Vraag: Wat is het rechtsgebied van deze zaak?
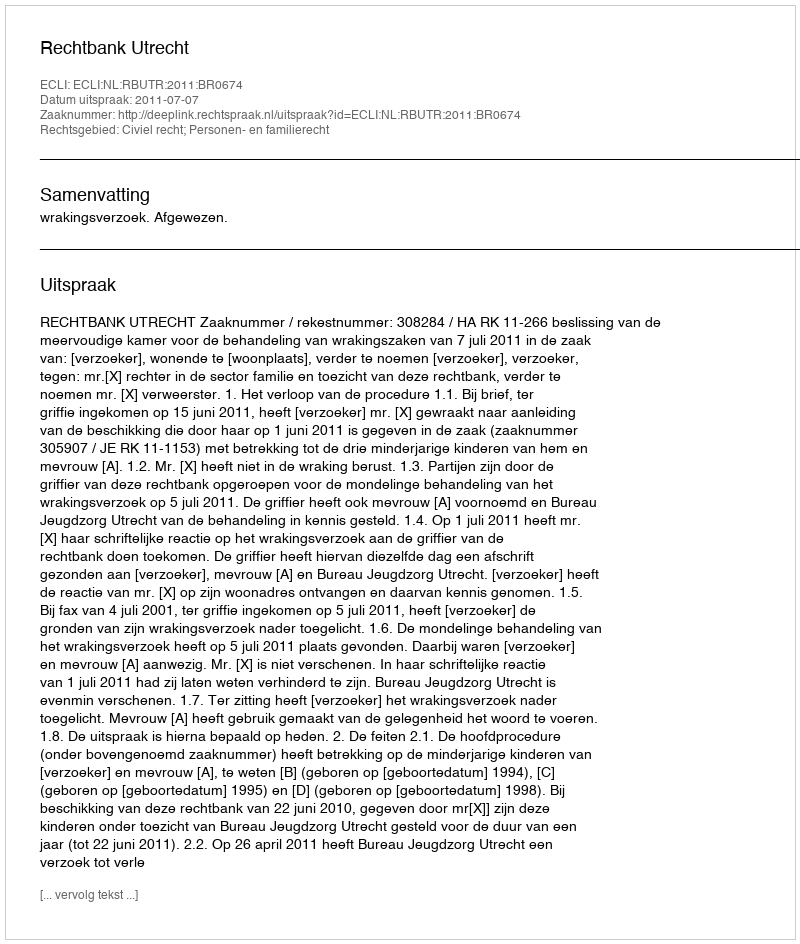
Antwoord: Civiel recht; Personen- en familierecht